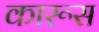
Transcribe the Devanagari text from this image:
कारूस